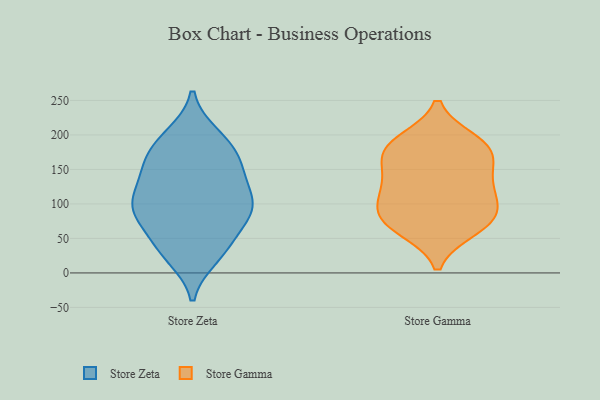
{"axis": {"x": "Tickets Resolved", "y": "Value"}, "legend": ["Store Gamma", "Store Zeta"], "data": [{"x": "", "y": 97, "type": "Store Zeta"}, {"x": "", "y": 40, "type": "Store Zeta"}, {"x": "", "y": 82, "type": "Store Zeta"}, {"x": "", "y": 139, "type": "Store Zeta"}, {"x": "", "y": 199, "type": "Store Zeta"}, {"x": "", "y": 107, "type": "Store Zeta"}, {"x": "", "y": 162, "type": "Store Zeta"}, {"x": "", "y": 106, "type": "Store Zeta"}, {"x": "", "y": 24, "type": "Store Zeta"}, {"x": "", "y": 195, "type": "Store Zeta"}, {"x": "", "y": 151, "type": "Store Zeta"}, {"x": "", "y": 146, "type": "Store Zeta"}, {"x": "", "y": 86, "type": "Store Zeta"}, {"x": "", "y": 29, "type": "Store Zeta"}, {"x": "", "y": 109, "type": "Store Zeta"}, {"x": "", "y": 83, "type": "Store Zeta"}, {"x": "", "y": 40, "type": "Store Zeta"}, {"x": "", "y": 86, "type": "Store Zeta"}, {"x": "", "y": 186, "type": "Store Zeta"}, {"x": "", "y": 168, "type": "Store Zeta"}, {"x": "", "y": 118, "type": "Store Gamma"}, {"x": "", "y": 70, "type": "Store Gamma"}, {"x": "", "y": 178, "type": "Store Gamma"}, {"x": "", "y": 64, "type": "Store Gamma"}, {"x": "", "y": 134, "type": "Store Gamma"}, {"x": "", "y": 180, "type": "Store Gamma"}, {"x": "", "y": 156, "type": "Store Gamma"}, {"x": "", "y": 190, "type": "Store Gamma"}, {"x": "", "y": 182, "type": "Store Gamma"}, {"x": "", "y": 94, "type": "Store Gamma"}, {"x": "", "y": 86, "type": "Store Gamma"}, {"x": "", "y": 122, "type": "Store Gamma"}, {"x": "", "y": 76, "type": "Store Gamma"}]}